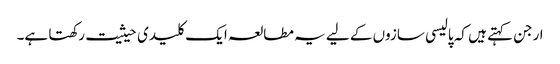
ارجن کہتے ہیں کہ پالیسی سازوں کے لیے یہ مطالعہ ایک کلیدی حیثیت رکھتا ہے۔